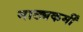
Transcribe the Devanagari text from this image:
नाट्यकर्मीं